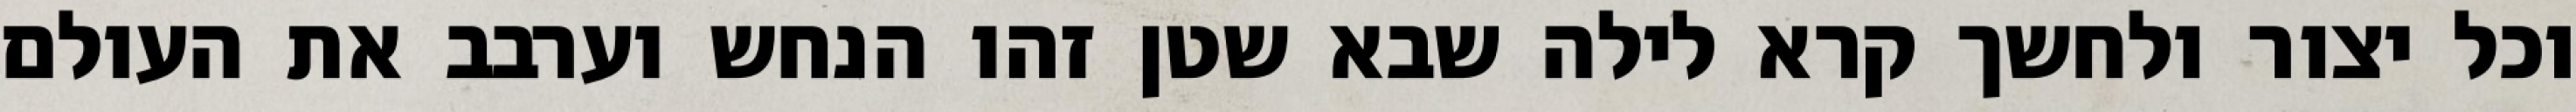
וכל יצור ולחשך קרא לילה שבא שטן זהו הנחש וערבב את העולם